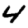
Digit: 4